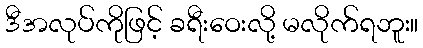
ဒီအလုပ်ကိုဖြင့် ခရီးဝေးလို့ မလိုက်ရဘူး။